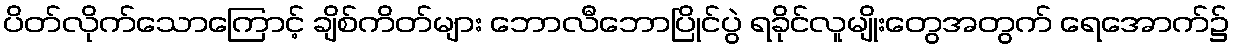
ပိတ်လိုက်သောကြောင့် ချိစ်ကိတ်များ ဘောလီဘောပြိုင်ပွဲ ရခိုင်လူမျိုးတွေအတွက် ရေအောက်၌